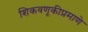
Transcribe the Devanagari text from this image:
शिकवणूकीप्रमाणे